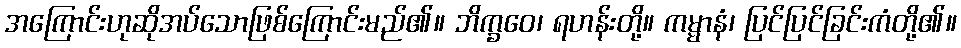
အကြောင်းဟုဆိုအပ်သောဖြစ်ကြောင်းမည်၏။ ဘိက္ခဝေ၊ ရဟန်းတို့။ ကမ္မာနံ၊ ပြင်ပြင်ခြင်းကံတို့၏။